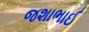
જશાભાઈ